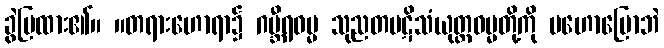
ခွဲပြထား၏။ ။တရားဟောရာ၌ ဂမ္ဘီရဓမ္မ သုညတပဋိသံယုတ္တဓမ္မတို့ကို မဟောပြောဘဲ